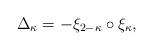
LaTeX: \begin{align*}\Delta_\kappa=-\xi_{2-\kappa}\circ \xi_\kappa,\end{align*}